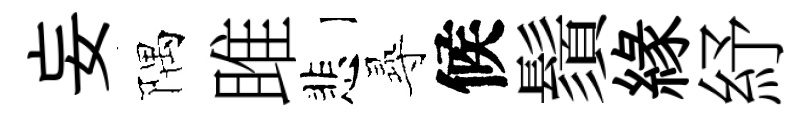
妄隅雎悲𡬶候鬚縁紓